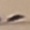
Text: -